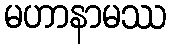
မဟာနာမဿ